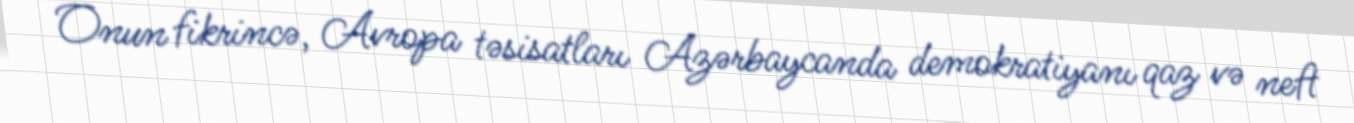
Onun fikrincə, Avropa təsisatları Azərbaycanda demokratiyanı qaz və neft